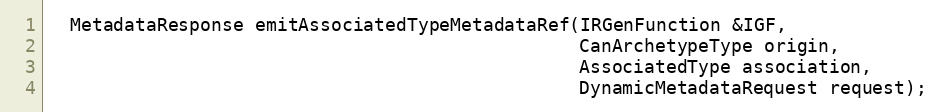
Language: C
  MetadataResponse emitAssociatedTypeMetadataRef(IRGenFunction &IGF,
                                                 CanArchetypeType origin,
                                                 AssociatedType association,
                                                 DynamicMetadataRequest request);